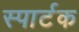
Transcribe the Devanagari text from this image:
स्पार्टक